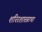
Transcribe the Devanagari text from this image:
शरिरशास्त्राचा